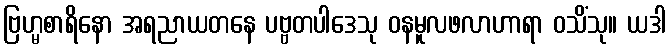
ဗြဟ္မစာရိနော အရညာယတနေ ပဗ္ဗတပါဒေသု ဝနမူလဖလာဟာရာ ဝသိံသု။ ယဒါ